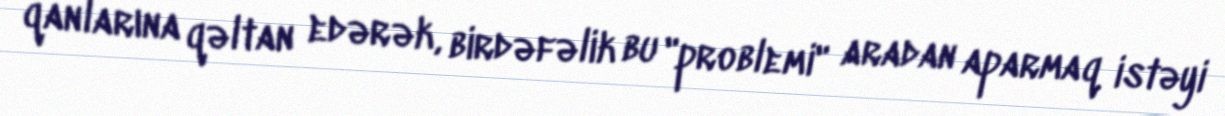
qanlarına qəltan edərək, birdəfəlik bu "problemi" aradan aparmaq istəyi